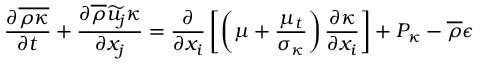
\frac { \partial \overline { { \rho \kappa } } } { \partial t } + \frac { \partial \overline { { \rho } } \widetilde { u _ { j } } \kappa } { \partial x _ { j } } = \frac { \partial } { \partial x _ { i } } \left[ \left( \mu + \frac { \mu _ { t } } { \sigma _ { \kappa } } \right) \frac { \partial \kappa } { \partial x _ { i } } \right] + P _ { \kappa } - \overline { { \rho } } \epsilon